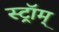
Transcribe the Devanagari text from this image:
स्ट्रॉम्‌